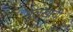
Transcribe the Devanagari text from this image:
मुलखाची